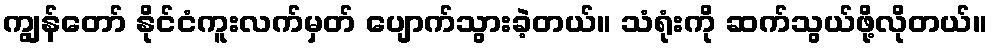
ကျွန်တော် နိုင်ငံကူးလက်မှတ် ပျောက်သွားခဲ့တယ်။ သံရုံးကို ဆက်သွယ်ဖို့လိုတယ်။